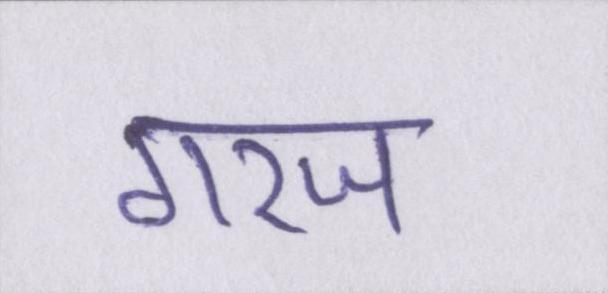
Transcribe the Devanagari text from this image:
गरज